Investigations into the jail dietaries of the United Provinces with some observations on the influence of dietary on the physical development and well-being of the people of the United Provinces - Number 48
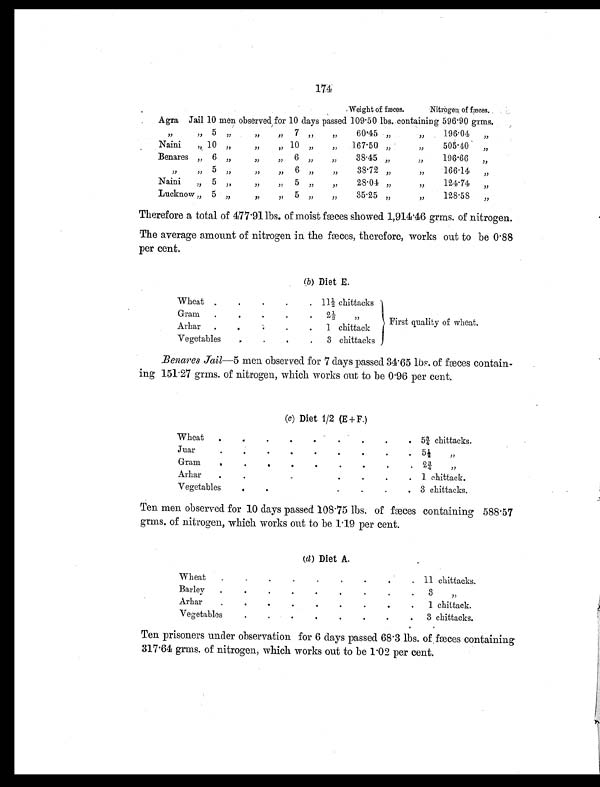
174
Weight of fæces
.
Nitrogen of fæces.
Agra Jail 10 men observed for 10 days passed 109.50 lbs. containing 596.90 grms.
,, ,,
5
„ „ „
7 ,, ,,
60.45 „
,,
196.04
„
Nain i
,,
10
„ „ „
10
,, ,,
167.50 „
,,
505.40
„
Benares „ 6 „
„ „
6
,, ,,
38.45 „
,,
196.66
,,
,, ,,
5
„ „ „
6 ,,
,,
38.72
,,
,,
166.14
„
Naini
,, 5 „
„ „
5
,,
,,
28.04 „
,,
124.74
„
Lucknow „ 5 „ „
,, 5
,, ,,
35.25 „
,,
128.53
„
Therefore a total of 477.91 lbs. of moist fæces showed 1,914.46 grms. of nitrogen.
The average amount of nitrogen in the fæces, therefore, works out to be 0.88
per cent.
(b ) Diet E.
Wheat .
. . .
. 11½ chittacks
Gram
.
. . .
.
2
½ "
First quality of wheat.
Arhar.
. .
.
.
1 chittack
Vegetables
. .
.
.
3 chittacks
Benares Jail—5 men observed for 7 days passed 34.65 lbs. of fæces contain-
ing 151.27 grms. of nitrogen, which works out to be 0.96 per cent.
(e) Diet 1/2 (E+F.)
Wheat
.
.
.
.
.
.
.
.
. 5¾ chittacks.
Juar
.
.
.
.
.
.
.
.
.
5½ ,,
Gram
.
. .
.
.
.
.
.
. 2¾ ,,
Arhar
.
. . . .
.
.
.
. 1 chittack.
Vegetable
s
.
.
. .
.
.
.
. 3 chittacks.
Ten men observed for 10 days passed 108.75 lbs. offæces containing 588.57
grms. of nitrogen, which works out to be 1.19 per cent.
(a ) Diet A.
Wheat
.
.
.
.
.
.
.
.
. 11 chittacks.
Barley
.
.
.
.
.
. . .
.
3 "
Arhar
.
.
.
.
.
.
.
.
.
1 chittack.
Vegetables
.
.
.
.
.
.
.
.
3 chittacks.
Ten prisoners under observation for 6 days passed 68.3 lbs. of fæces containing
317.64 grms. of nitrogen, which works out to be 1.02 per cent.